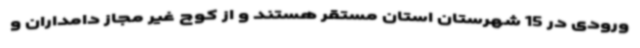
ورودی در 15 شهرستان استان مستقر هستند و از کوچ غیر مجاز دامداران و